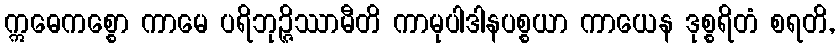
ဣဓေကစ္စော ကာမေ ပရိဘုဉ္ဇိဿာမီတိ ကာမုပါဒါနပစ္စယာ ကာယေန ဒုစ္စရိတံ စရတိ,